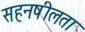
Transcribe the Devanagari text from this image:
सहनषीलता